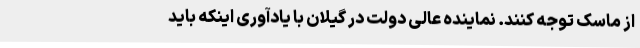
از ماسک توجه کنند. نماینده عالی دولت در گیلان با یادآوری اینکه باید